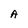
Character: A